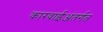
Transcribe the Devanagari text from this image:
कारवाईअंतर्गत